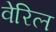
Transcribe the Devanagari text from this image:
वेरिल